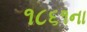
૧૮૬૧ના